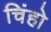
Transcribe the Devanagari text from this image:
चिंहो